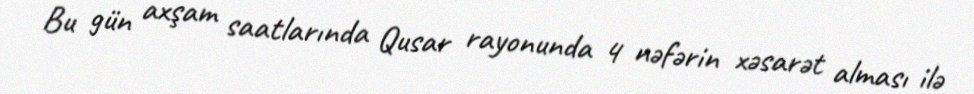
Bu gün axşam saatlarında Qusar rayonunda 4 nəfərin xəsarət alması ilə